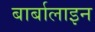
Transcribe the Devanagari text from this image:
बार्बालाइन